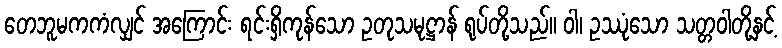
တေဘူမကကံလျှင် အကြောင်း ရင်းရှိကုန်သော ဥတုသမုဋ္ဌာန် ရုပ်တို့သည်။ ဝါ၊ ဥဿုံသော သတ္တဝါတို့နှင့်